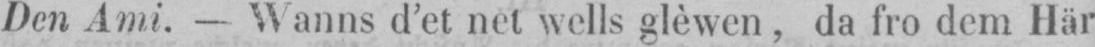
Den Ami. - Wanns d’et net wells glèwen, da fro dem Här